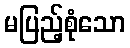
မပြည့်စုံသော